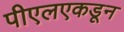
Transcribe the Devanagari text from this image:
पीएलएकडून